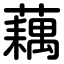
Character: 藕